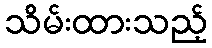
သိမ်းထားသည့်